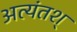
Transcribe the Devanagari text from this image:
अत्यंतश्